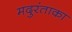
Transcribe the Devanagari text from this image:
मदुरंताका